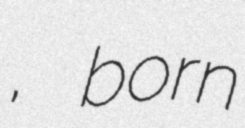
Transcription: צליוק, born